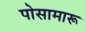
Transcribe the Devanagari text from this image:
पोसामारू